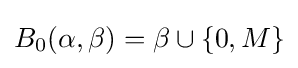
B_{0}(\alpha ,\beta )=\beta \cup \{0,M\}